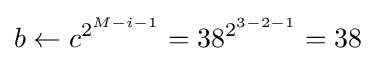
b\leftarrow c^{2^{M-i-1}}=38^{2^{3-2-1}}=38